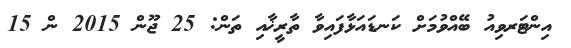
އިންޓަރވިއު ބޭއްވުމަށް ކަނޑައަޅާފައިވާ ތާރީޚާއި ތަން: 25 ޖޫން 2015 ން 15